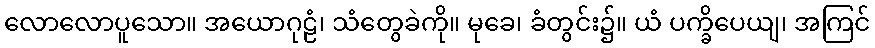
လောလောပူသော။ အယောဂုဠံ၊ သံတွေခဲကို။ မုခေ၊ ခံတွင်း၌။ ယံ ပက္ခိပေယျ၊ အကြင်